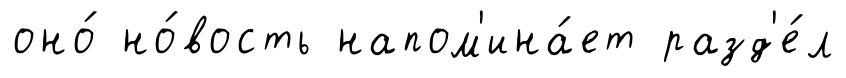
оно́ но́вость напом'ина́ет разд'е́л